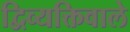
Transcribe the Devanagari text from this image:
द्विव्यक्तिवाले